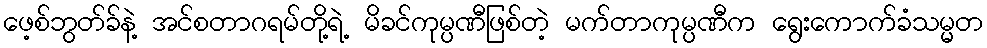
ဖေ့စ်ဘွတ်ခ်နဲ့ အင်စတာဂရမ်တို့ရဲ့ မိခင်ကုမ္ပဏီဖြစ်တဲ့ မက်တာကုမ္ပဏီက ရွေးကောက်ခံသမ္မတ